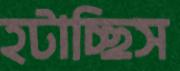
হটাচ্ছিস